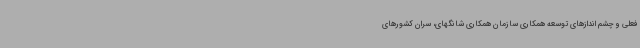
فعلی و چشم اندازهای توسعه همکاری سازمان همکاری شانگهای، سران کشورهای